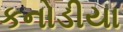
કનોડીયા